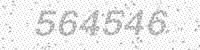
Solution: 564546